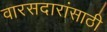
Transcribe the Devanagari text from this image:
वारसदारांसाठी